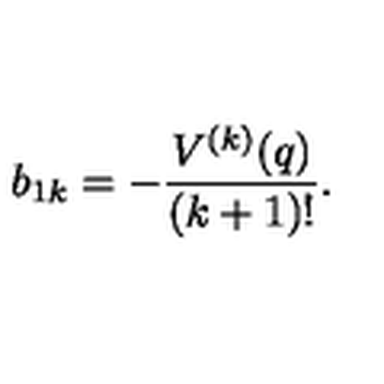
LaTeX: b _ { 1 k } = - \frac { V ^ { ( k ) } ( q ) } { ( k + 1 ) ! } .